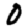
Digit: 0